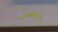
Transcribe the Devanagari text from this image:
भावासंबंधीत